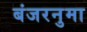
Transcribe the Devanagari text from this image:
बंजरनुमा